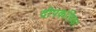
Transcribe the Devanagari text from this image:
दीपकलिका